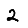
Digit: 2